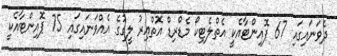
ދެވަނައިގައި 67 ޕޮއިންޓާއެކީ އެތްލެޓިކޯ މެޑްރިޑް އޮތްއިރު ލީގުގެ އެއްވަނައިގައި 75 ޕޮއިންޓާއެކީ